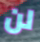
لن